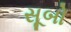
સૂબો